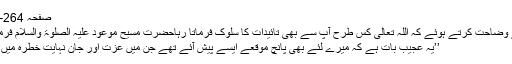
صفحہ 264-263حاشیہ)
اس کے آگے وضاحت کرتے ہوئے کہ اللہ تعالیٰ کس طرح آپؑ سے بھی تائیدات کا سلوک فرماتا رہاحضرت مسیح موعود علیہ الصلوٰۃ والسلام فرماتے ہیں کہ:
’’یہ عجیب بات ہے کہ میرے لئے بھی پانچ موقعے ایسے پیش آئے تھے جن میں عزت اور جان نہایت خطرہ میں پڑ گئی تھی۔